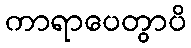
ကာရာပေတွာပိ